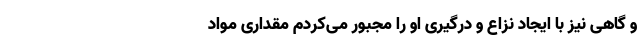
و گاهی نیز با ایجاد نزاع و درگیری او را مجبور می‌کردم مقداری مواد